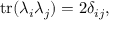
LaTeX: \operatorname { t r } ( \lambda _ { i } \lambda _ { j } ) = 2 \delta _ { i j } ,